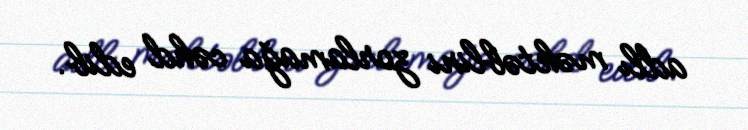
adlı məktəblini zorlamağa cəhd edib.